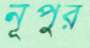
নূপুর